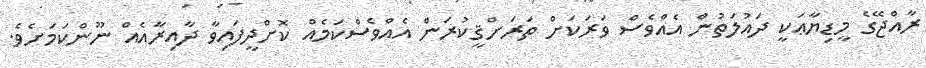
ރާއްޖޭގެ މީޑިޔާޢަކީ ދައުލަތުން އެއްވެސް ވަރަކަށް ތަރަށްޤީކުރަން އެއްވެސްކަމެއް ކޮށްދީފައިވާ ދާއިރާއެއް ނޫންކަމަށެވެ.